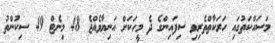
މަސައްކަތުގައި ހަރަކާތްތެރިވި ސިފައިންގެ ދެ މީހަކަށް އަނިޔާވެއްޖެ 48 މިނެޓް 49 ސިކުންތު